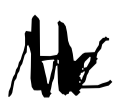
Text: He
Cross-out: zig-zag
Writing tool: digital_black